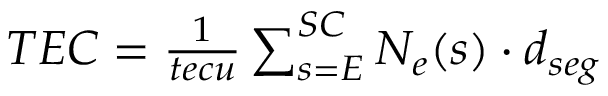
\begin{array} { r } { T E C = \frac { 1 } { t e c u } \sum _ { s = E } ^ { S C } N _ { e } ( s ) \cdot { d _ { s e g } } } \end{array}